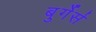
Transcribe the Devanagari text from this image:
बुर्गेर्स